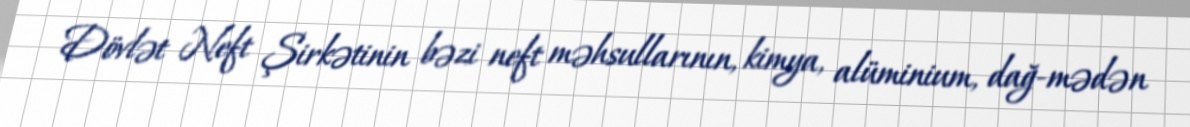
Dövlət Neft Şirkətinin bəzi neft məhsullarının, kimya, alüminium, dağ-mədən